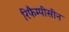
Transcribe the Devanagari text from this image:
रिफैम्पीसीन